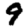
Digit: 9